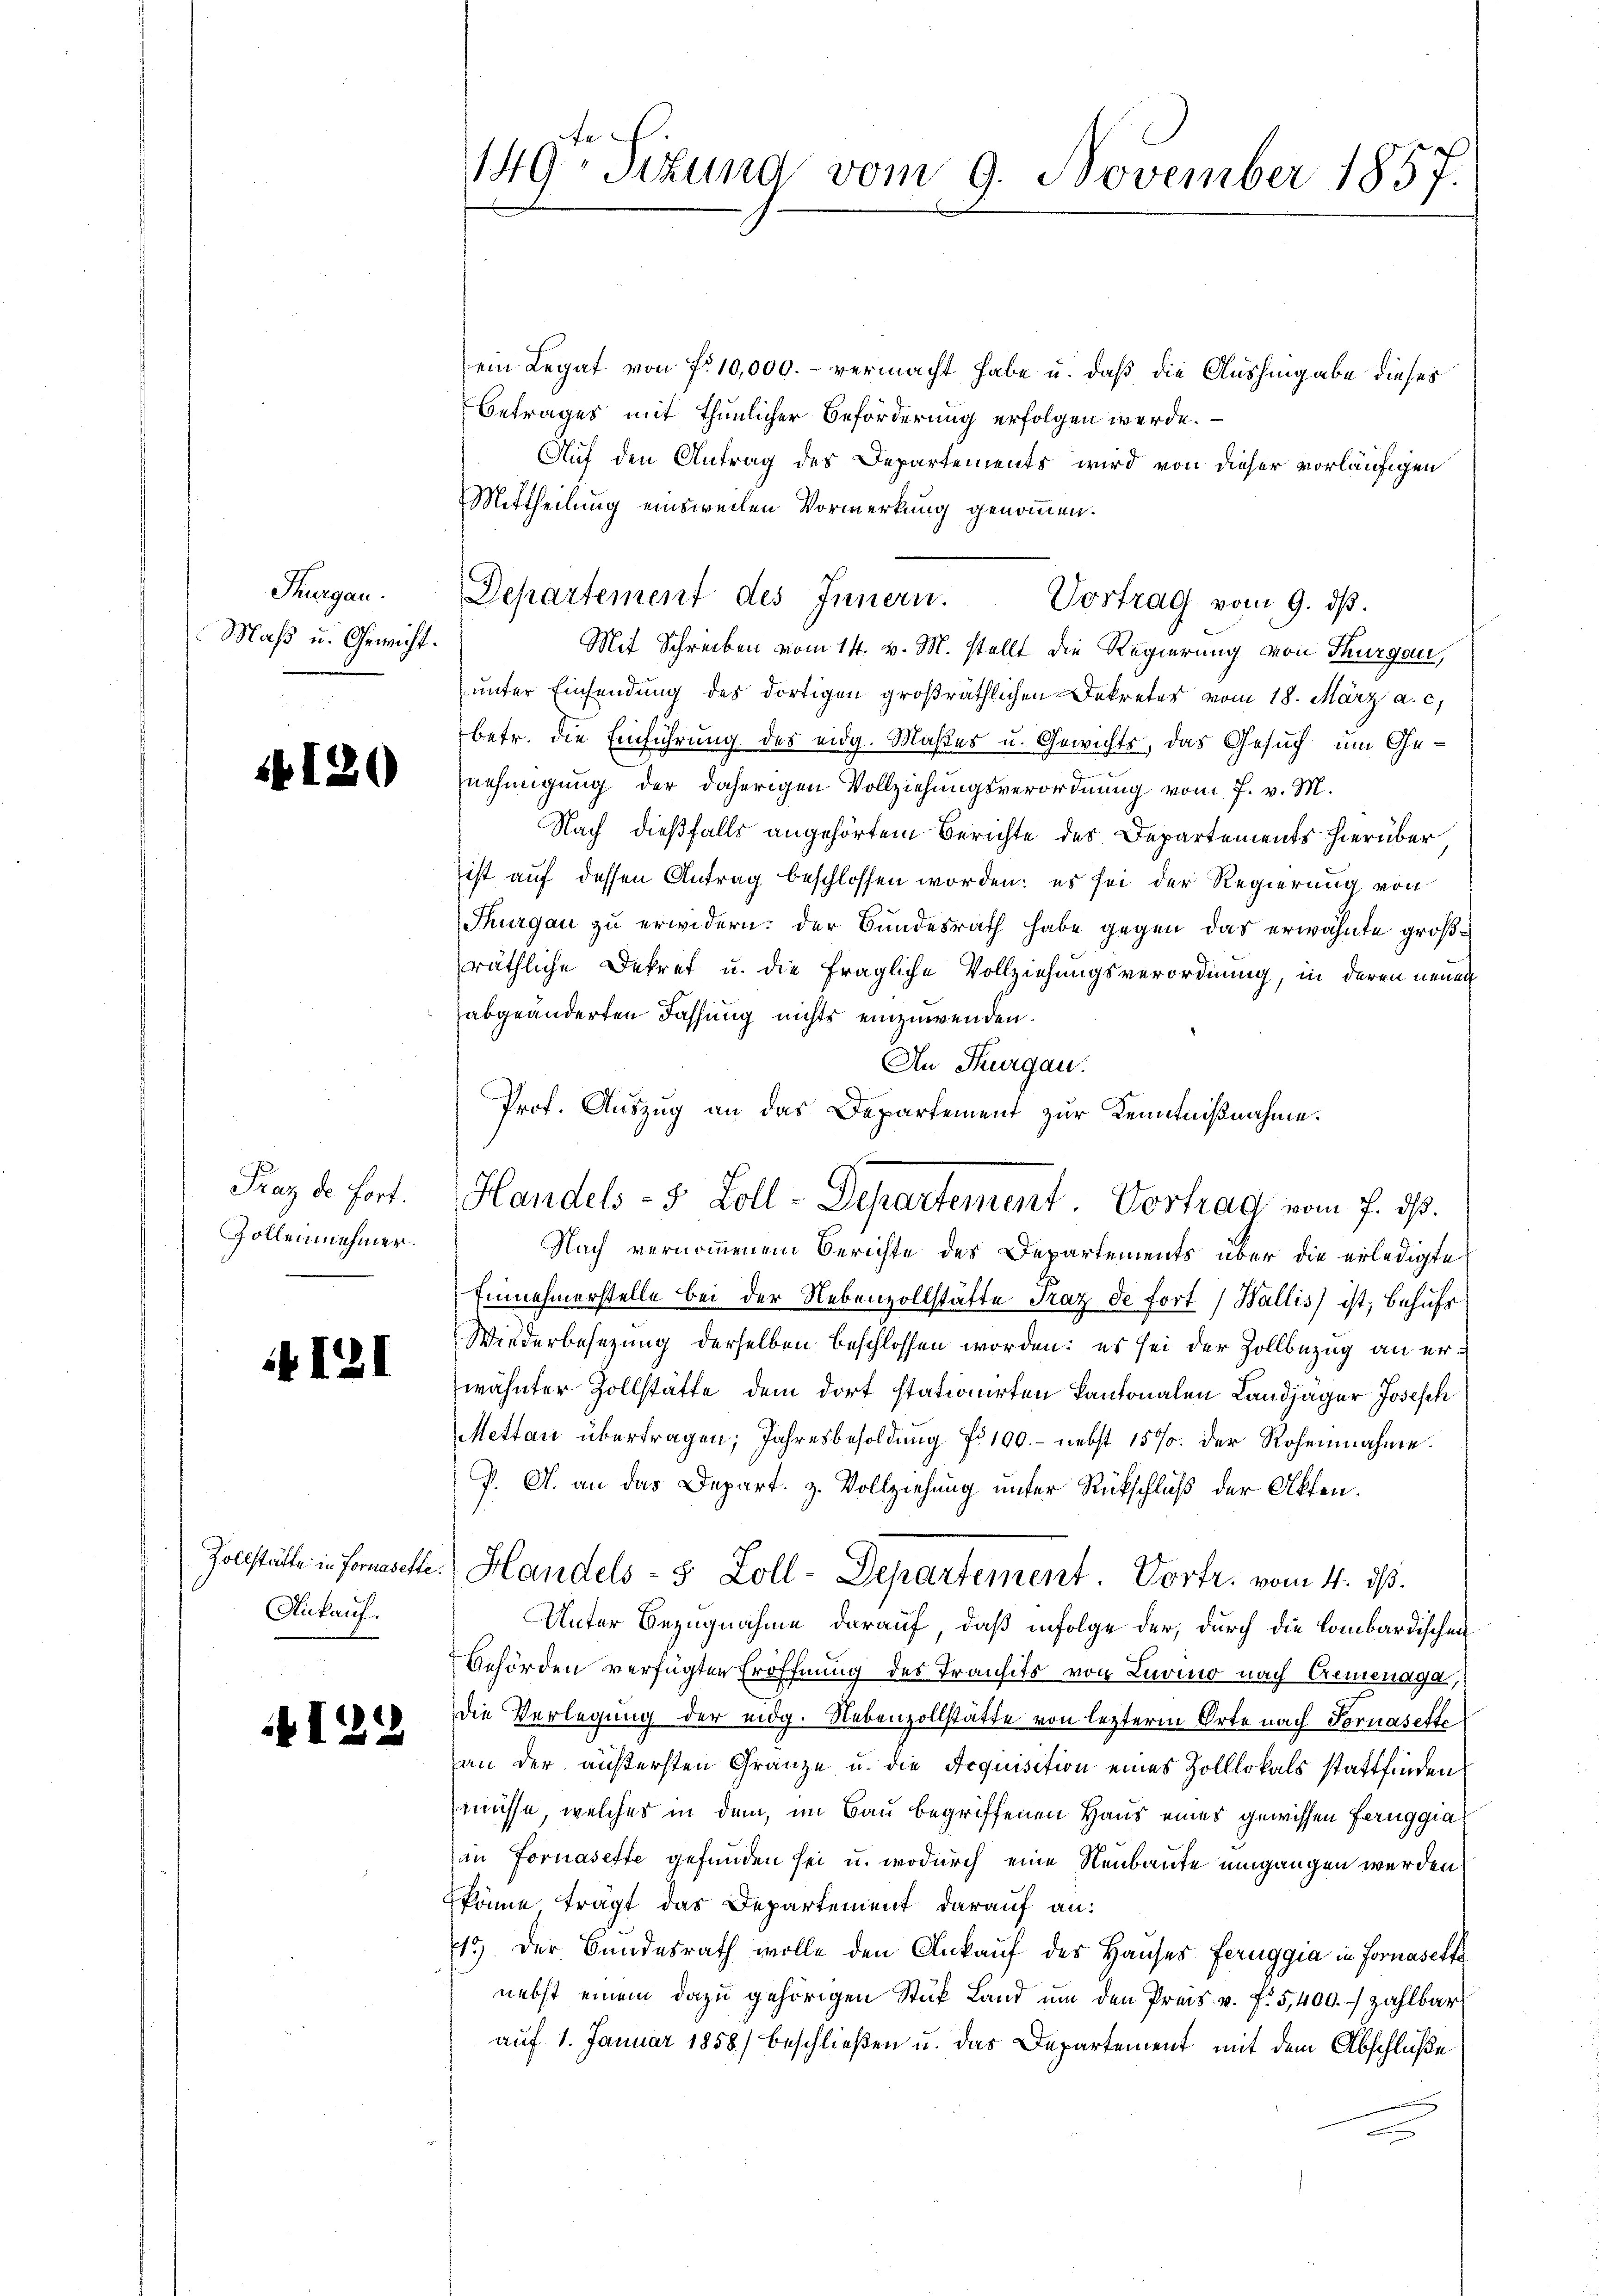
Thurgau.
Maß u. Gewicht.

141

2

Fraz de fort.
Zollennehmer.

+121

Zollstätte in Fornasette
Ankauf.

122

149. Sitzung vom 9. November 1857.

ein Legat von fr. 10,000.- vermacht habe u. daß die Aushingabe dieses
Betrages mit thunlicher Beförderung erfolgen werde.
Auf den Antrag des Departements wird von dieser vorläufigen
Mittheilung einsweilen Vormerkung genommen.
Mit Schreiben vom 14. v. M. stellt die Regierung von Thurgau,
unter Einsendung des dortigen großräthlichen Dekreter vom 18. März a. c.
betr. die Einführung des eidg. Maßes u. Gewichts, das Gesuch um Genehmigung der daherigen Vollziehungsverordnung vom 7. v. M.
Nach dießfalls angehörtem Berichte des Departements hierüber
ist auf dessen Antrag beschlossen worden: es sei der Regierung von
Thurgau zu erwidern: der Bundesrath habe gegen das erwähnte großräthliche Dekret u. die fragliche Vollziehungsverordnung, in deren neuen
abgeänderten Fassung nichts einzuwenden.
An Thurgau.
Nach vernommenem Berichte des Departements über die erledigte
Einnehmerstelle bei der Nebenzollstätte Fraz de fort (Wallis ist, behufs
Wiederbesezung derselben beschlossen worden: es sei der Zollbezug an erwähnter Zollstätte dem dort stationirten Kantonalen Landjäger Joseph
Mettau übertragen; Jahresbesoldung No 100. - nebst 157. Der Rohennahme.
P. A. an das Depart. z. Vollziehung unter Rückschluß der Akten.
Handels- 5 Zoll-Departement Vortr. vom 4. ds.
Unter Bezugnahme darauf, daß infolge der, durch die Lombardischen
Behörden verfügten Eröffnung des Transits von Luomo nach Cremenage,
die Verlegung der eidg. Nebenzollstätte von lezterm Orte nach Fornasette
an der äußersten Gränze u. die Acquisition eines Zolllokals stattfinden.
müsse, welches in dem, im Bau begriffenen Haus eines gewissen Fernggia
in Fornasette gefunden sei u. wodurch eine Neubaute umgangen werden
könne tragt das Departement darauf an:
15) Der Bundesrath wolle den Ankauf des Hauses Feruggia in Fornasette
nebst einem dazu gehörigen Stück Land um den Preis u. f. 5,400. zahlbar
auf 1. Januar 1858) beschließen u. das Departement mit dem Abschlüße
e

Departement des Innern. Vortrag vom 9. dβ.

Prof. Auszug an das Departement zur Kenntnißnahme.
Handels- 5 Zoll-Departement. Vortrag vom 7. ds.